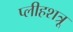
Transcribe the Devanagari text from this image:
प्लीहशत्रू